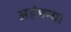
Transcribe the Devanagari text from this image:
अहंमन्य।